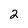
Character: 2